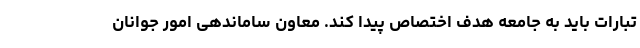
تبارات باید به جامعه هدف اختصاص پیدا کند. معاون ساماندهی امور جوانان